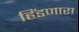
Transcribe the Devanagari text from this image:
हिंडणारा